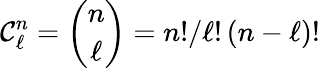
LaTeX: \mathcal{C}_{\ell}^{n}=\binom{n}{\ell}=n!/\ell!\left(n-\ell\right)!